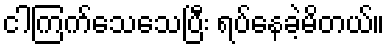
ငါကြက်သေသေပြီး ရပ်နေခဲ့မိတယ်။